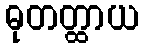
ဓုတတ္ထာယ